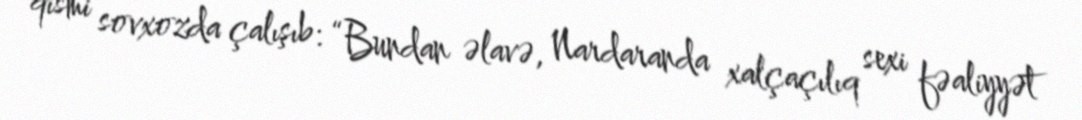
qismi sovxozda çalışıb: “Bundan əlavə, Nardaranda xalçaçılıq sexi fəaliyyət